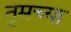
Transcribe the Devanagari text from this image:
तुमच्‍या